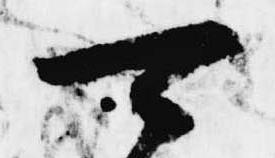
可